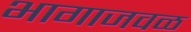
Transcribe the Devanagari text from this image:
भागाजवळ